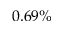
0 . 6 9 \%